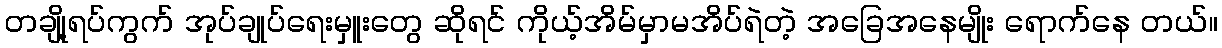
တချို့ရပ်ကွက် အုပ်ချုပ်ရေးမှူးတွေ ဆိုရင် ကိုယ့်အိမ်မှာမအိပ်ရဲတဲ့ အခြေအနေမျိုး ရောက်နေ တယ်။